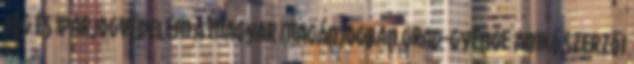
jog és iparjogvédelem a magyar magánjogban Grad-Gyenge Anikó Szerzői